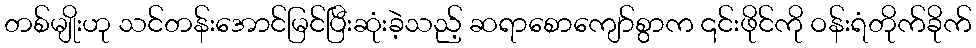
တစ်မျိုးဟု သင်တန်းအောင်မြင်ပြီးဆုံးခဲ့သည့် ဆရာစောကျော်စွာက ၎င်းဖိုင်ကို ဝန်းရံတိုက်ခိုက်